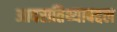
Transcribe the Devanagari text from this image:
आदरातिथ्याबद्दल